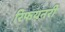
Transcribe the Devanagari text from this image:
रिफयनरी